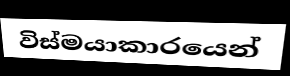
විස්මයාකාරයෙන්